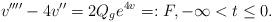
LaTeX: \begin{align*}v''''-4v''=2Q_ge^{4v}=: F, -\infty< t \leq 0.\end{align*}